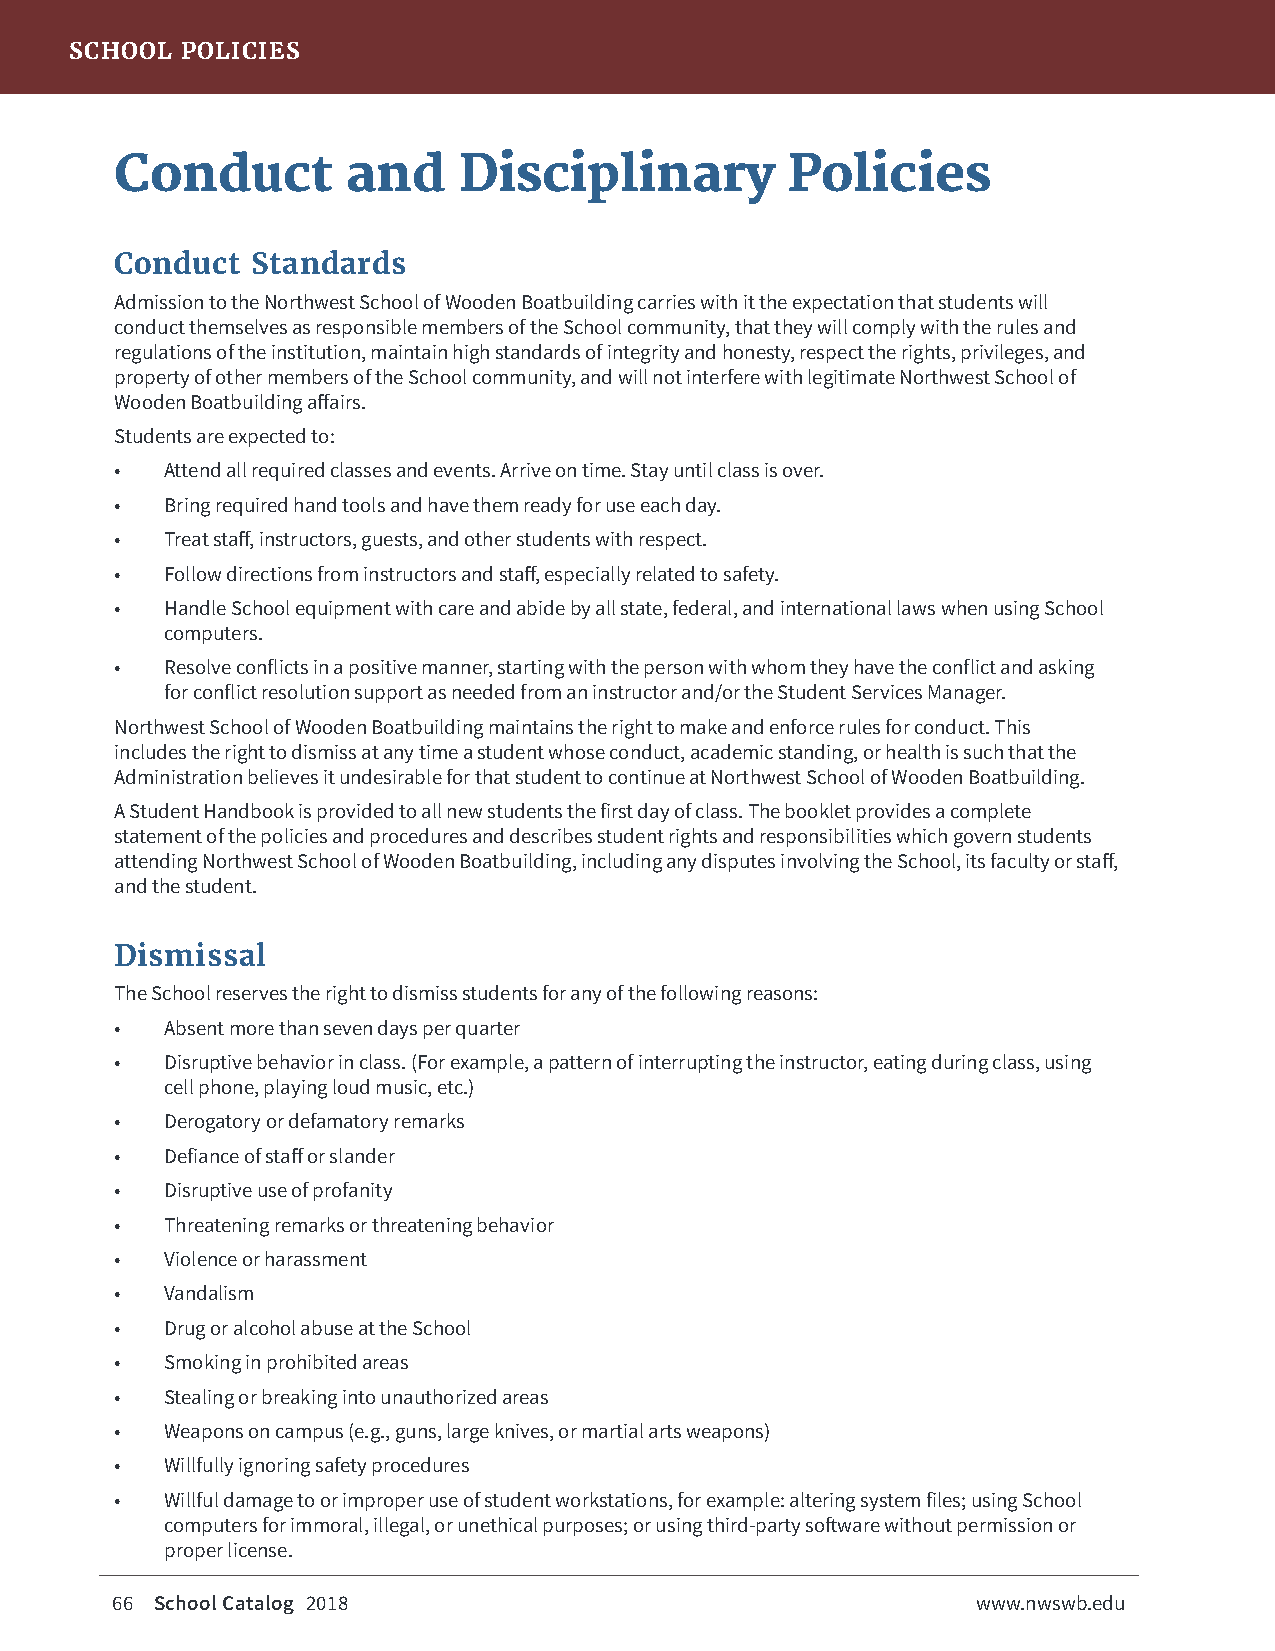
SCHOOL POLICIES
 Conduct        and    Disciplinary          Policies
 Conduct  Standards
 Admission to the Northwest School of Wooden Boatbuilding carries with it the expectation that students will
 conduct themselves as responsible members of the School community, that they will comply with the rules and
 regulations of the institution, maintain high standards of integrity and honesty, respect the rights, privileges, and
 property of other members of the School community, and will not interfere with legitimate Northwest School of
 Wooden Boatbuilding affairs.
 Students are expected to:
 •  Attend all required classes and events. Arrive on time. Stay until class is over.
 •  Bring required hand tools and have them ready for use each day.
 •  Treat staff, instructors, guests, and other students with respect.
 •  Follow directions from instructors and staff, especially related to safety.
 •  Handle School equipment with care and abide by all state, federal, and international laws when using School
 computers.
 •  Resolve conflicts in a positive manner, starting with the person with whom they have the conflict and asking
 for conflict resolution support as needed from an instructor and/or the Student Services Manager.
 Northwest School of Wooden Boatbuilding maintains the right to make and enforce rules for conduct. This
 includes the right to dismiss at any time a student whose conduct, academic standing, or health is such that the
 Administration believes it undesirable for that student to continue at Northwest School of Wooden Boatbuilding.
 A Student Handbook is provided to all new students the first day of class. The booklet provides a complete
 statement of the policies and procedures and describes student rights and responsibilities which govern students
 attending Northwest School of Wooden Boatbuilding, including any disputes involving the School, its faculty or staff,
 and the student.
 Dismissal
 The School reserves the right to dismiss students for any of the following reasons:
 •  Absent more than seven days per quarter
 •  Disruptive behavior in class. (For example, a pattern of interrupting the instructor, eating during class, using
 cell phone, playing loud music, etc.)
 •  Derogatory or defamatory remarks
 •  Defiance of staff or slander
 •  Disruptive use of profanity
 •  Threatening remarks or threatening behavior
 •  Violence or harassment
 •  Vandalism
 •  Drug or alcohol abuse at the School
 •  Smoking in prohibited areas
 •  Stealing or breaking into unauthorized areas
 •  Weapons on campus (e.g., guns, large knives, or martial arts weapons)
 •  Willfully ignoring safety procedures
 •  Willful damage to or improper use of student workstations, for example: altering system files; using School
 computers for immoral, illegal, or unethical purposes; or using third-party software without permission or
 proper license.
 66 School Catalog 2018                                    www.nwswb.edu